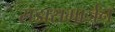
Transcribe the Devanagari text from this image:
सडासमार्जन